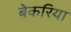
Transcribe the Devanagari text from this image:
बेकरिया